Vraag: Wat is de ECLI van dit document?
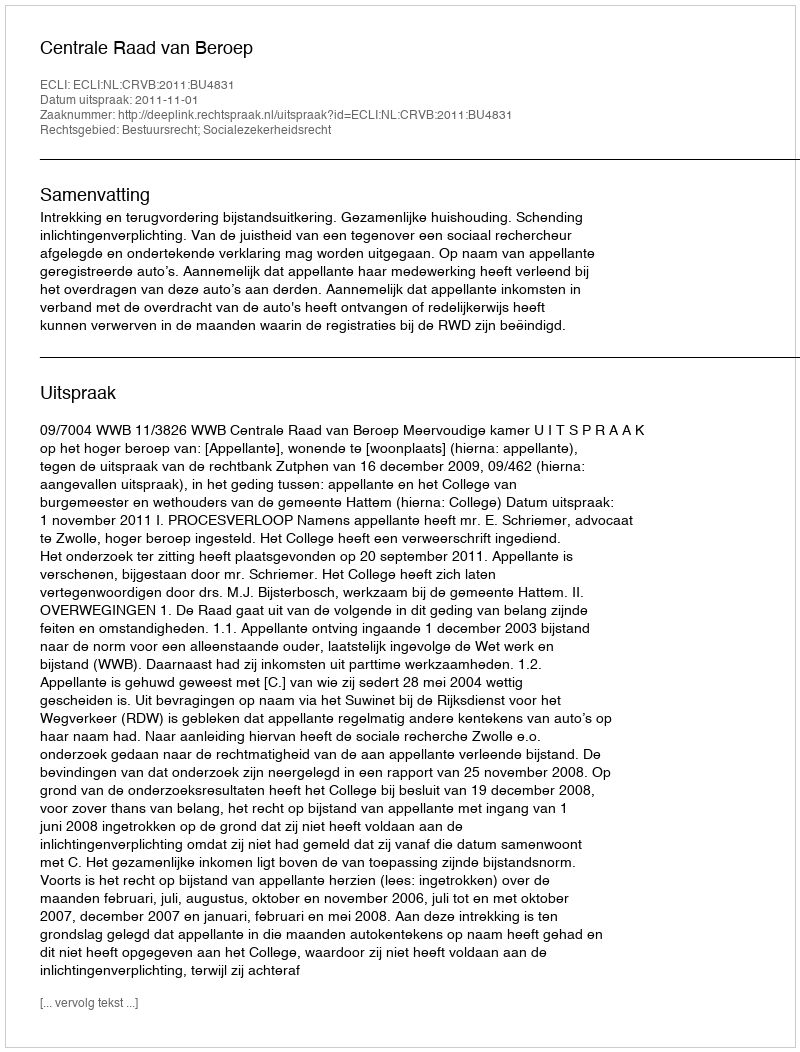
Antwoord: ECLI:NL:CRVB:2011:BU4831